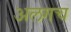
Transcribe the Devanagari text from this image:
अलगच